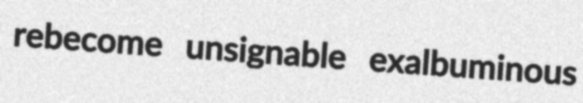
rebecome unsignable exalbuminous